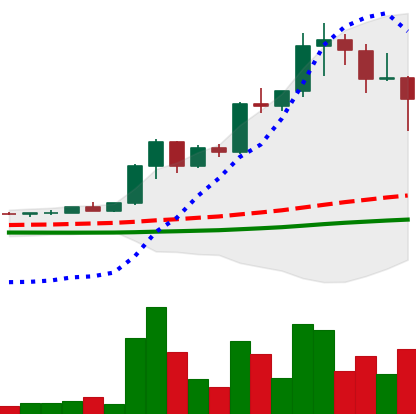
Ticker: XRP-USD
Chart end date: 2021-04-18
Forward return: -16.809%
Label: down_7plus